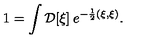
1 = \int { \cal D } [ \xi ] \: e ^ { - { \frac { 1 } { 2 } } ( \xi , \xi ) } .